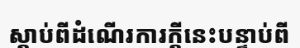
ស្តាប់ពីដំណើរការក្តីនេះបន្ទាប់ពី